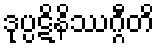
ဒုပ္ပဋိနိဿဂ္ဂီတိ